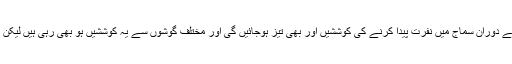
یہ اندیشے تو پہلے سے ظاہر کئے جا رہے تھے کہ اترپردیش کے اسمبلی انتخابات کے دوران سماج میں نفرت پیدا کرنے کی کوششیں اور بھی تیز ہوجائیں گی اور مختلف گوشوں سے یہ کوششیں ہو بھی رہی ہیں لیکن کسی کو بھی امید نہیں رہی ہوگی کہ ملک کے وزیر اعظم خود ایسی تقاریر کرینگے ۔